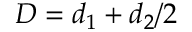
D = d _ { 1 } + d _ { 2 } / 2